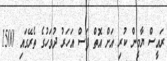
ރައީސް ޔާމީން ކުރި އަށް އޮތް ފަސް އަހަރު ދުވަހުގެ ތެރޭގައި 1500